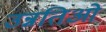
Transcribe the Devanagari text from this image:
उन्नतिओं